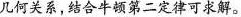
几何关系，结合牛顿第二定律可求解。